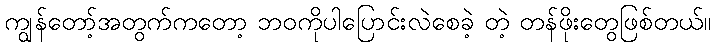
ကျွန်တော့်အတွက်ကတော့ ဘဝကိုပါပြောင်းလဲစေခဲ့ တဲ့ တန်ဖိုးတွေဖြစ်တယ်။